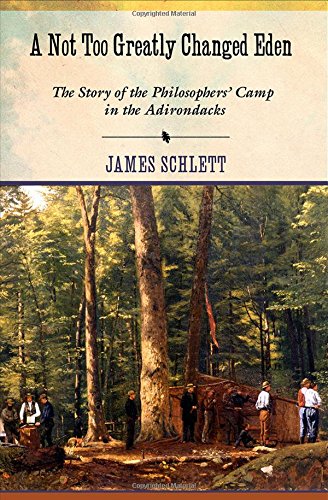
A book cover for A Not Too Greatly Changed Eden: The Story of the Philosophers' Camp in the Adirondacks; James Schlett; Sports & Outdoors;